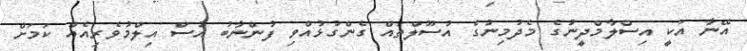
އޭނާ އަކީ އިސްލާމްދީނުގެ މެދުމިނުގެ އުސޫލްތައް ގެންގުޅުއްވި ފުންނާބު އުސް އިލްމުވެރިއެއް ކަމަށް